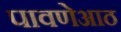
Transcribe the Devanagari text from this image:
पावणेआठ